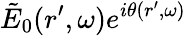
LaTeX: \tilde{E}_{0}(r^{\prime},\omega)e^{i\theta(r^{\prime},\omega)}